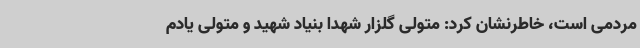
مردمی است، خاطرنشان کرد: متولی گلزار شهدا بنیاد شهید و متولی یادم